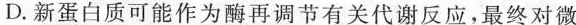
D.新蛋白质可能作为酶再调节有关代谢反应，最终对微